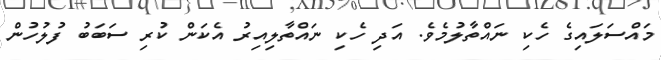
މައްސަލައިގެ ހެކި ނައްތާލުމެވެ. އަދި ހެކި ނައްތާލިއިރު އެކަން ކުރި ސަބަބު ފުލުހުން